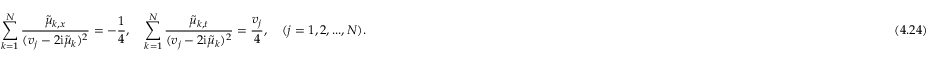
\sum _ { k = 1 } ^ { N } { \frac { \tilde { \mu } _ { k , x } } { ( v _ { j } - 2 \mathrm { i } \tilde { \mu } _ { k } ) ^ { 2 } } } = - { \frac { 1 } { 4 } } , \quad \sum _ { k = 1 } ^ { N } { \frac { \tilde { \mu } _ { k , t } } { ( v _ { j } - 2 \mathrm { i } \tilde { \mu } _ { k } ) ^ { 2 } } } = { \frac { v _ { j } } { 4 } } , \quad ( j = 1 , 2 , . . . , N ) . \eqno ( 4 . 2 4 )